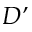
D ’